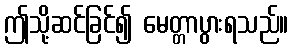
ဤသို့ဆင်ခြင်၍ မေတ္တာပွားရသည်။